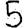
Digit: 5